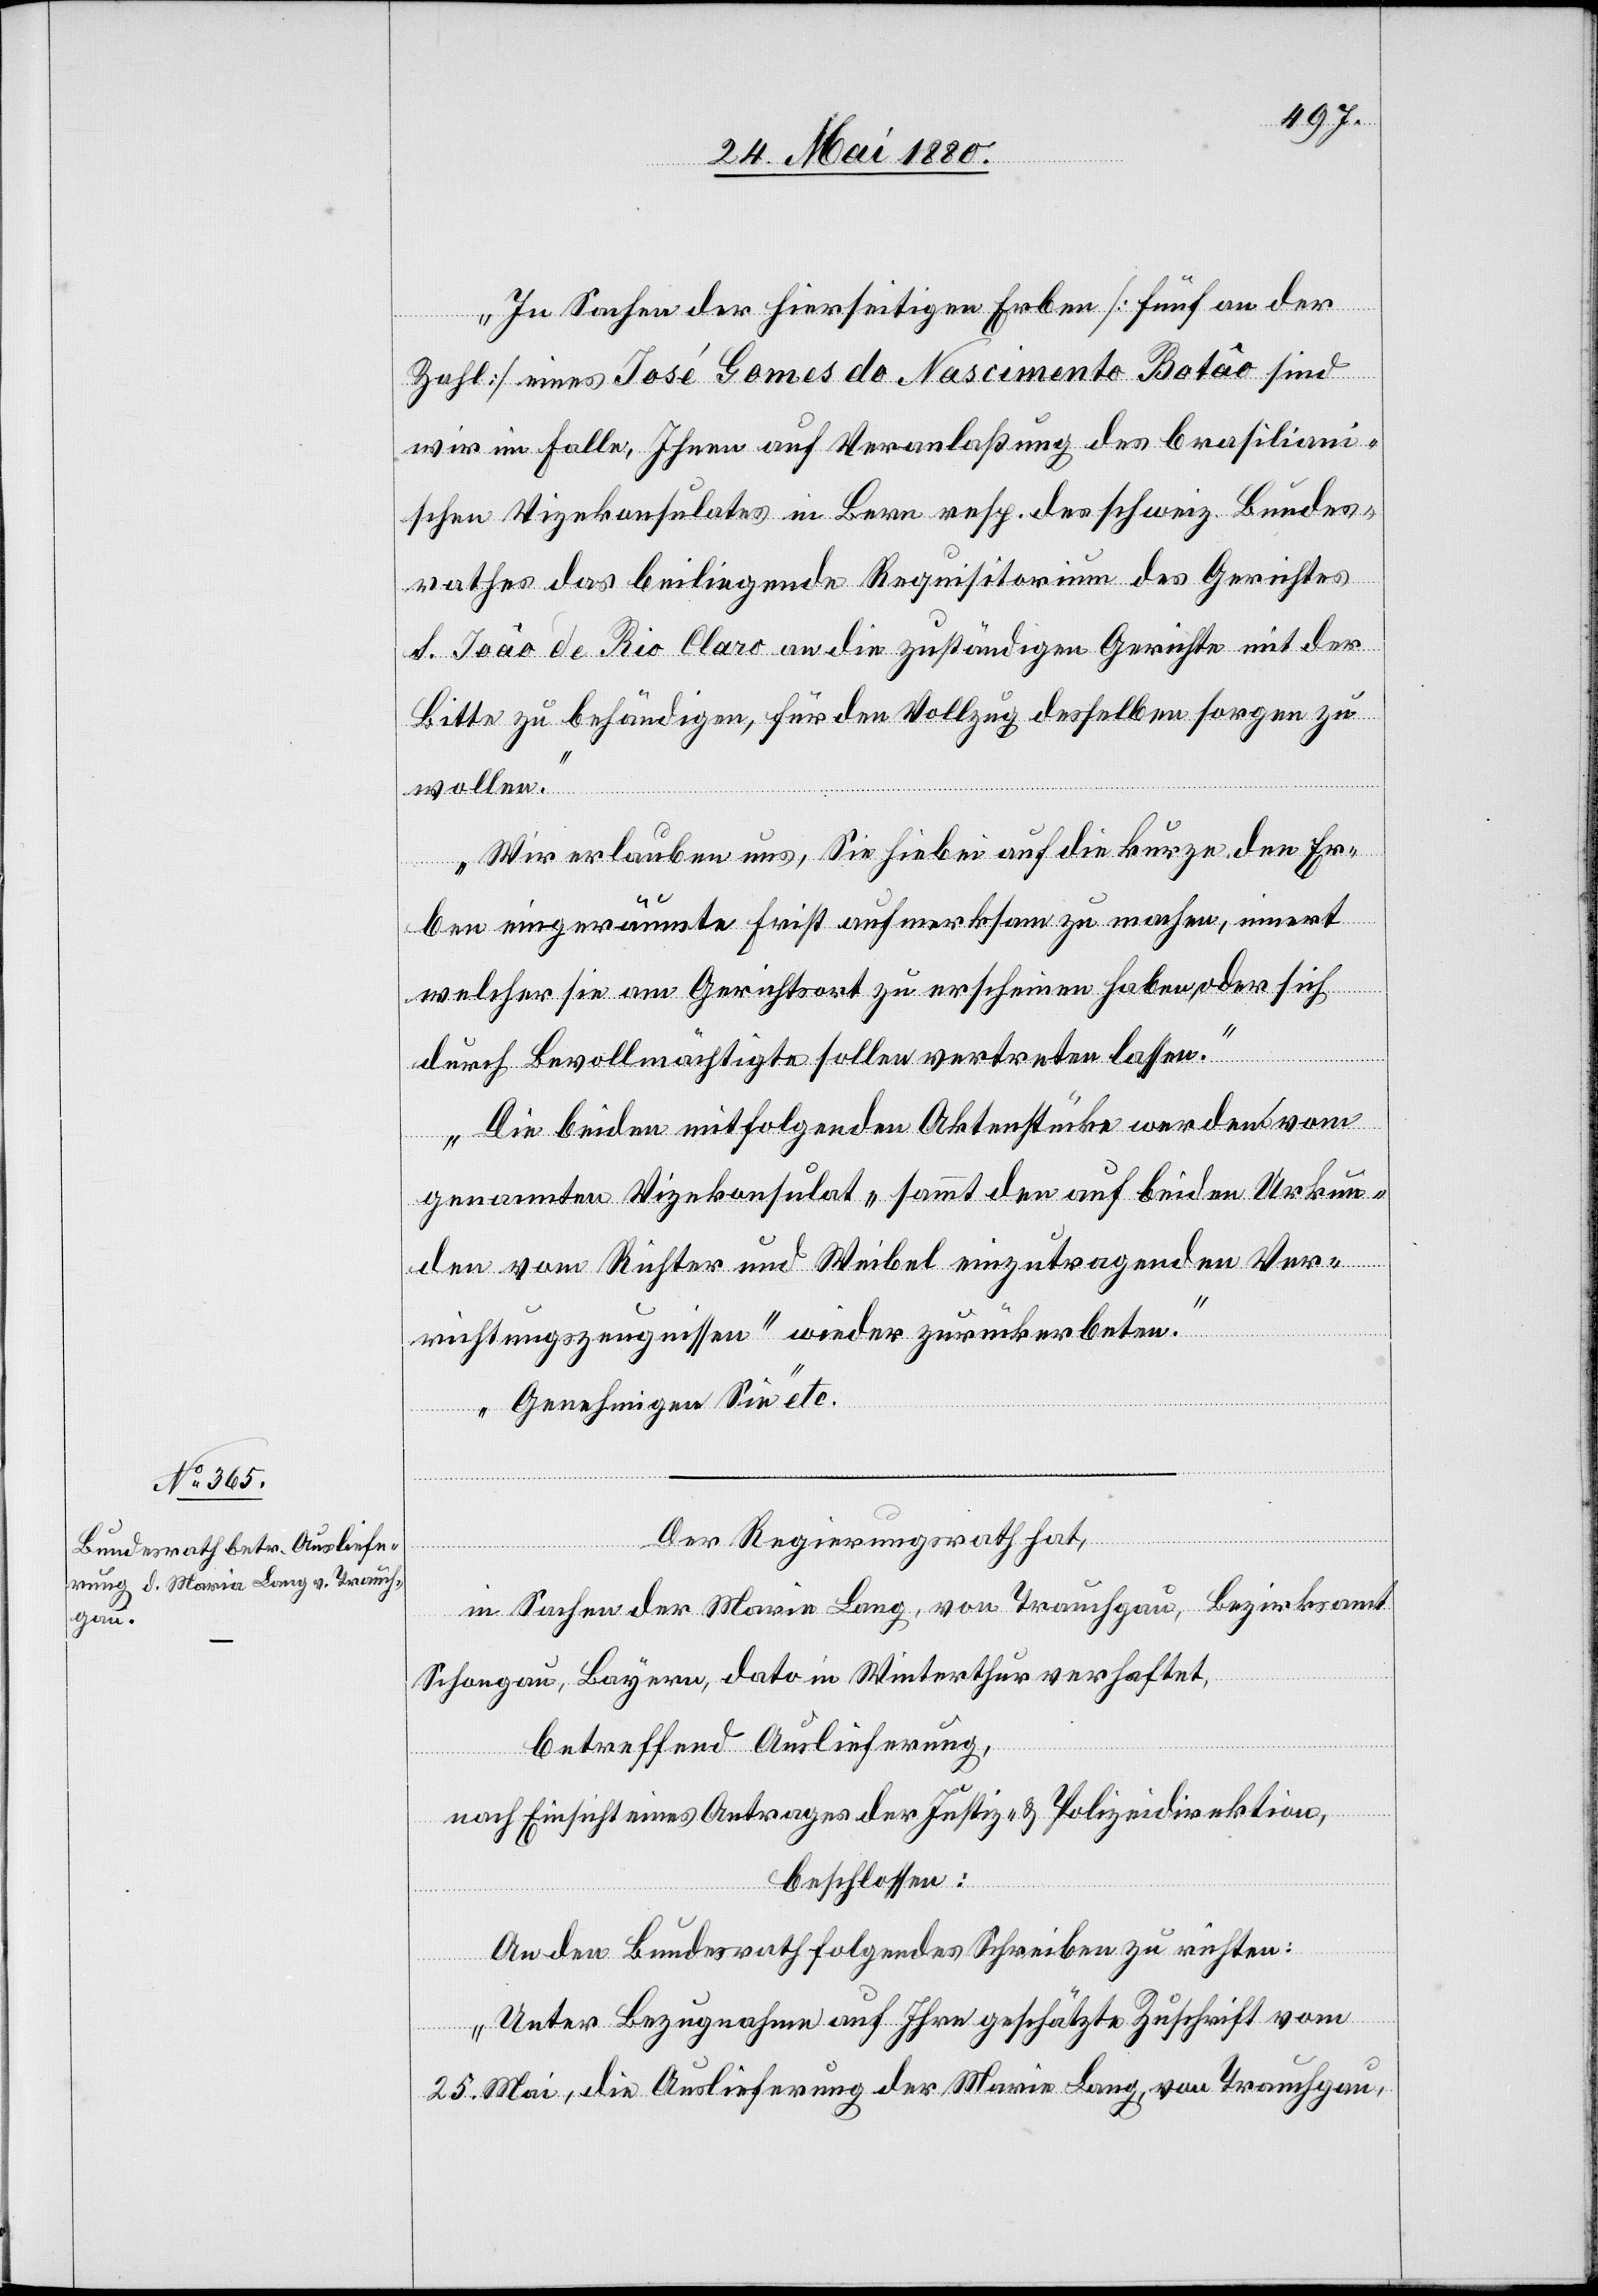
27. Mai 1880.]
„In Sachen der hierseitigen Erben [fünf an der
Zahl] eines José Gomes do Nascimento Batâo sind
wir im Falle, Ihnen auf Veranlaßung des brasiliani¬
schen Vizekonsulates in Bern resp. des schweiz. Bundes¬
rathes das beiliegende Requisitorium des Gerichtes
S. Joâo de Rio Claro an die zuständigen Gerichte mit der
Bitte zu behändigen, für den Vollzug desselben sorgen zu
wollen.
Wir erlauben uns, Sie hiebei auf die kurze, den Er¬
[Präsidi¬
ben eingeräumte Frist aufmerksam zu machen, innert
welcher sie am Gerichtsort zu erscheinen haben, oder sich
durch Bevollmächtigung sollen vertreten lassen.
Die beiden mitfolgenden Aktenstücke werden vom
genannten Vizekonsulat „sammt den auf beiden Urkun¬
den vom Richter und Weibel einzutragenden Ver¬
richtungszeugnissen“ wieder zurückerboten.
Genehmigen Sie“ etc.
Der Regierungsrath hat,
al-Verfügungen.
in Sachen der Maria Lang, von Trauchgau, Bezirksamt
Schongau, Bayern, dato in Winterthur verhaftet,
betreffend Auslieferung,
nach Einsicht eines Antrages der Justiz- & Polizeidirektion,
beschlossen:
An den Bundesrath folgendes Schreiben zu richten:
„Unter Bezugnahme auf Ihre geschätzte Zuschrift vom
25. Mai, die Auslieferung der Maria Lang, von Trauchgau